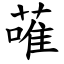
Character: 蓶